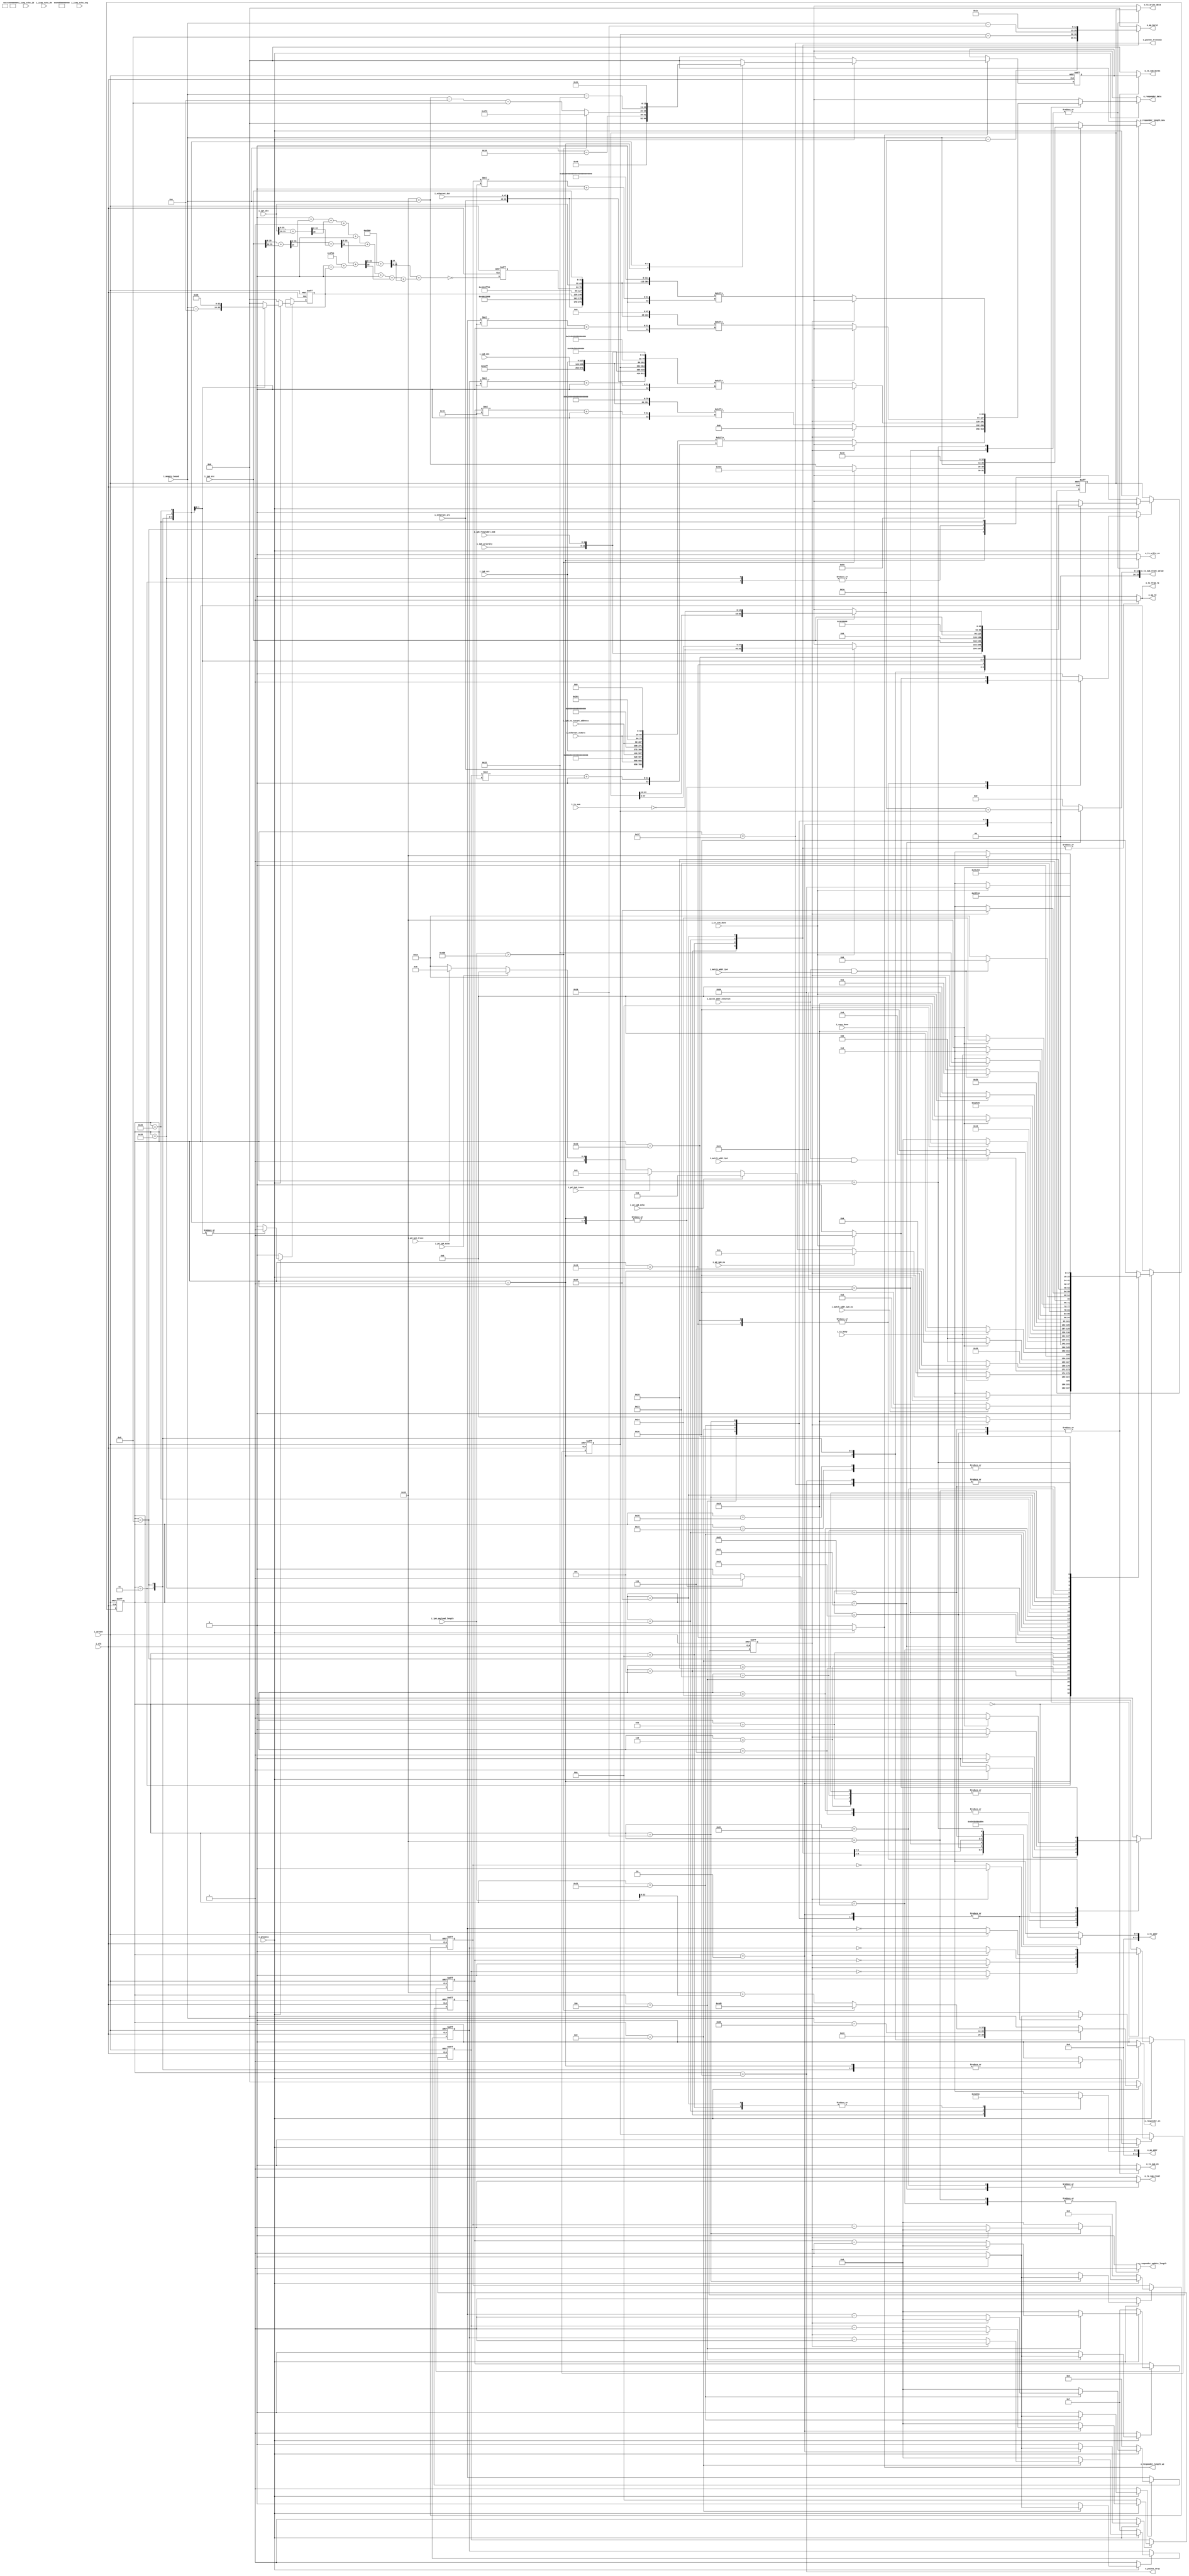
//======================================================================
//
// icmp.v
// ------
// ICMP packet handler.
//
//
//
//
// Copyright 2019 Netnod Internet Exchange i Sverige AB
//
// Redistribution and use in source and binary forms, with or without
// modification, are permitted provided that the following conditions
// are met:
//
// 1. Redistributions of source code must retain the above copyright
//    notice, this list of conditions and the following disclaimer.
//
// 2. Redistributions in binary form must reproduce the above copyright
//    notice, this list of conditions and the following disclaimer in
//    the documentation and/or other materials provided with the
//    distribution.
//
// 3. Neither the name of the copyright holder nor the names of its
//    contributors may be used to endorse or promote products derived
//    from this software without specific prior written permission.
//
// THIS SOFTWARE IS PROVIDED BY THE COPYRIGHT HOLDERS AND CONTRIBUTORS
// "AS IS" AND ANY EXPRESS OR IMPLIED WARRANTIES, INCLUDING, BUT NOT
// LIMITED TO, THE IMPLIED WARRANTIES OF MERCHANTABILITY AND FITNESS
// FOR A PARTICULAR PURPOSE ARE DISCLAIMED. IN NO EVENT SHALL THE
// COPYRIGHT HOLDER OR CONTRIBUTORS BE LIABLE FOR ANY DIRECT, INDIRECT,
// INCIDENTAL, SPECIAL, EXEMPLARY, OR CONSEQUENTIAL DAMAGES (INCLUDING,
// BUT NOT LIMITED TO, PROCUREMENT OF SUBSTITUTE GOODS OR SERVICES;
// LOSS OF USE, DATA, OR PROFITS; OR BUSINESS INTERRUPTION) HOWEVER
// CAUSED AND ON ANY THEORY OF LIABILITY, WHETHER IN CONTRACT, STRICT
// LIABILITY, OR TORT (INCLUDING NEGLIGENCE OR OTHERWISE) ARISING IN
// ANY WAY OUT OF THE USE OF THIS SOFTWARE, EVEN IF ADVISED OF THE
// POSSIBILITY OF SUCH DAMAGE.
//
//======================================================================

module icmp #(
  parameter ADDR_WIDTH = 10
) (
  input  i_clk,
  input  i_areset,

  input  [47:0] i_ethernet_dst,
  input  [47:0] i_ethernet_src,
  input  [47:0] i_ethernet_ns6src,

  input  [31:0] i_ip4_dst,
  input  [31:0] i_ip4_src,

  input [127:0] i_ip6_ns_target_address,
  input [127:0] i_ip6_dst,
  input [127:0] i_ip6_src,
  input   [7:0] i_ip6_priority,
  input   [3:0] i_ip6_flowlabel_msb,
  input  [15:0] i_ip6_payload_length,

  input [15:0] i_icmp_echo_id,
  input [15:0] i_icmp_echo_seq,
  input [15:0] i_icmp_echo_d0,

  input  i_process,

  input  i_pd_ip4_echo,
  input  i_pd_ip4_trace,

  input  i_pd_ip6_ns,
  input  i_pd_ip6_echo,
  input  i_pd_ip6_trace,

  input  i_match_addr_ethernet,
  input  i_match_addr_ip4,
  input  i_match_addr_ip6,
  input  i_match_addr_ip6_ns,

  input  i_copy_done,

  input                     i_tx_busy,
  input              [15:0] i_tx_sum,
  input                     i_tx_sum_done,
  output                    o_tx_sum_en,
  output [ADDR_WIDTH+3-1:0] o_tx_sum_bytes,
  output                    o_tx_sum_reset,
  output             [15:0] o_tx_sum_reset_value,

  input  [ADDR_WIDTH+3-1:0] i_memory_bound,

  output                    o_ap_rd,
  output [ADDR_WIDTH+3-1:0] o_ap_addr,
  output [ADDR_WIDTH+3-1:0] o_ap_burst,

  output [ADDR_WIDTH+3-1:0] o_tx_addr,
  output                    o_tx_write_en,
  output             [63:0] o_tx_write_data,

  output o_tx_from_rx,

  output                    o_responder_en,
  output             [63:0] o_responder_data,
  output                    o_responder_update_length,
  output                    o_responder_length_we,
  output [ADDR_WIDTH+3-1:0] o_responder_length_new,

  output o_packet_drop,
  output o_packet_transmit
);

  //----------------------------------------------------------------
  // Internal constant and parameter definitions.
  //----------------------------------------------------------------

  localparam BITS_ICMP_STATE = 6;

  localparam [BITS_ICMP_STATE-1:0] ICMP_S_IDLE             = 6'h00;

  localparam [BITS_ICMP_STATE-1:0] ICMP_S_V6_ND_INIT       = 6'h01;
  localparam [BITS_ICMP_STATE-1:0] ICMP_S_V6_ND_RESPOND    = 6'h02;

  localparam [BITS_ICMP_STATE-1:0] ICMP_S_V6_ECHO_INIT     = 6'h03;
  localparam [BITS_ICMP_STATE-1:0] ICMP_S_V6_ECHO_RESPOND  = 6'h04;
  localparam [BITS_ICMP_STATE-1:0] ICMP_S_V6_ECHO_COPY     = 6'h05;
  localparam [BITS_ICMP_STATE-1:0] ICMP_S_V6_ECHO_COPY_D   = 6'h06;
  localparam [BITS_ICMP_STATE-1:0] ICMP_S_V6_ECHO_COPY_D2  = 6'h07;

  localparam [BITS_ICMP_STATE-1:0] ICMP_S_V6_TRACE_INIT    = 6'h08;
  localparam [BITS_ICMP_STATE-1:0] ICMP_S_V6_TRACE_RESPOND = 6'h09;
  localparam [BITS_ICMP_STATE-1:0] ICMP_S_V6_TRACE_COPY    = 6'h0a;
  localparam [BITS_ICMP_STATE-1:0] ICMP_S_V6_TRACE_COPY_D  = 6'h0b;

  localparam [BITS_ICMP_STATE-1:0] ICMP_S_V6_UPDATE_LENGTH = 6'h10;
  localparam [BITS_ICMP_STATE-1:0] ICMP_S_V6_CSUM_RESET    = 6'h11;
  localparam [BITS_ICMP_STATE-1:0] ICMP_S_V6_CSUM_CALC     = 6'h12;
  localparam [BITS_ICMP_STATE-1:0] ICMP_S_V6_CSUM_WAIT     = 6'h13;
  localparam [BITS_ICMP_STATE-1:0] ICMP_S_V6_CSUM_UPDATE   = 6'h14;
  localparam [BITS_ICMP_STATE-1:0] ICMP_S_V6_CSUM_UPDATE_D = 6'h15;

  localparam [BITS_ICMP_STATE-1:0] ICMP_S_V4_ECHO_INIT     = 6'h20;
  localparam [BITS_ICMP_STATE-1:0] ICMP_S_V4_ECHO_RESPOND  = 6'h21;
  localparam [BITS_ICMP_STATE-1:0] ICMP_S_V4_ECHO_COPY     = 6'h22;
  localparam [BITS_ICMP_STATE-1:0] ICMP_S_V4_ECHO_COPY_D   = 6'h23;
  localparam [BITS_ICMP_STATE-1:0] ICMP_S_V4_ECHO_COPY_D2  = 6'h24;

  localparam [BITS_ICMP_STATE-1:0] ICMP_S_V4_TRACE_INIT    = 6'h25;
  localparam [BITS_ICMP_STATE-1:0] ICMP_S_V4_TRACE_RESPOND = 6'h26;
  localparam [BITS_ICMP_STATE-1:0] ICMP_S_V4_TRACE_COPY    = 6'h27;
  localparam [BITS_ICMP_STATE-1:0] ICMP_S_V4_TRACE_COPY_D  = 6'h28;

  localparam [BITS_ICMP_STATE-1:0] ICMP_S_V4_UPDATE_LENGTH = 6'h30;
  localparam [BITS_ICMP_STATE-1:0] ICMP_S_V4_CSUM_RESET    = 6'h31;
  localparam [BITS_ICMP_STATE-1:0] ICMP_S_V4_CSUM_CALC     = 6'h32;
  localparam [BITS_ICMP_STATE-1:0] ICMP_S_V4_CSUM_WAIT     = 6'h33;
  localparam [BITS_ICMP_STATE-1:0] ICMP_S_V4_CSUM_UPDATE   = 6'h34;
  localparam [BITS_ICMP_STATE-1:0] ICMP_S_V4_CSUM_UPDATE_D = 6'h35;

  localparam [BITS_ICMP_STATE-1:0] ICMP_S_DROP_PACKET      = 6'h3e;
  localparam [BITS_ICMP_STATE-1:0] ICMP_S_TRANSMIT_PACKET  = 6'h3f;

  localparam HEADER_LENGTH_ETHERNET = 6+6+2;
  localparam HEADER_LENGTH_IPV4     = 5*4; //IHL=5, word size 4 bytes.
  localparam HEADER_LENGTH_IPV6     = 40;
  localparam OFFSET_ETH_IPV4_DATA       = HEADER_LENGTH_ETHERNET + HEADER_LENGTH_IPV4;
  localparam OFFSET_ICMP_V4_ECHO_COPY = HEADER_LENGTH_ETHERNET + HEADER_LENGTH_IPV4 + 4; //Type,Code,Csum
  localparam OFFSET_ICMP_V6_ECHO_COPY = HEADER_LENGTH_ETHERNET + HEADER_LENGTH_IPV6 + 4; //Type,Code,Csum
  localparam [15:0] E_TYPE_IPV4 =  16'h08_00;
  localparam [15:0] E_TYPE_IPV6 =  16'h86_DD;
  localparam ICMP_V4_UNREACHABLE_INITIAL_BYTES = 8; //Type,Code,Csum,Unused
  localparam ICMP_V6_UNREACHABLE_INITIAL_BYTES = 8; //Type,Code,Csum,Unused
  localparam       ICMPV4_BYTES_TRACEROUTE = 20 + 8; //RFC 792; Internet Header + 64 bits of Original Data Datagram
  localparam        IPV6_MTU_MIN  = 1280;

  localparam [3:0] IP_V4        =  4'h4;
  localparam [3:0] IP_V6        =  4'h6;

  localparam  [7:0] IPV4_TOS     = 0;
  localparam  [2:0] IPV4_FLAGS   = 3'b010; // Reserved=0, must be zero. DF=1 (don't fragment). MF=0 (Last Fragment)
  localparam  [7:0] IPV4_TTL     = 8'hff;
  localparam [12:0] IPV4_FRAGMENT_OFFSET = 0;

  localparam  [7:0] IPV6_TC       =  8'h0;
  localparam [19:0] IPV6_FL       = 20'h0;
  localparam  [7:0] IPV6_HOPLIMIT = IPV4_TTL;

  localparam  [7:0] IP_PROTO_ICMPV4 = 8'h01;
  localparam  [7:0] IP_PROTO_ICMPV6 = 8'h3a; //58

  localparam [7:0] ICMP_TYPE_V4_ECHO_REPLY             =   0;
  localparam [7:0] ICMP_TYPE_V4_DEST_UNREACHABLE       =   3;
  localparam [7:0] ICMP_TYPE_V4_ECHO_REQUEST           =   8;
  localparam [7:0] ICMP_TYPE_V6_DEST_UNREACHABLE       =   1;
  localparam [7:0] ICMP_TYPE_V6_ECHO_REQUEST           = 128;
  localparam [7:0] ICMP_TYPE_V6_ECHO_REPLY             = 129;
  localparam [7:0] ICMP_TYPE_V6_NEIGHBOR_SOLICITATION  = 135;
  localparam [7:0] ICMP_TYPE_V6_NEIGHBOR_ADVERTISEMENT = 136;

  localparam [7:0] ICMP_CODE_V4_UNREACHABLE_PORT = 3;
  localparam [7:0] ICMP_CODE_V6_UNREACHABLE_PORT = 4;

  localparam OFFSET_ETH_IPV6_ICMPV6_CSUM = 'h38;
  localparam OFFSET_ETH_IPV6_SRCADDR    = HEADER_LENGTH_ETHERNET + 8;
  localparam OFFSET_ETH_IPV4_ICMPV4_CSUM = HEADER_LENGTH_ETHERNET + HEADER_LENGTH_IPV4 + 2; //Type,Code


  reg                        icmp_state_we;
  reg  [BITS_ICMP_STATE-1:0] icmp_state_new;
  reg  [BITS_ICMP_STATE-1:0] icmp_state_reg;

  reg [ADDR_WIDTH+3-1:0] ap_addr;
  reg [ADDR_WIDTH+3-1:0] ap_burst;
  reg                    ap_rd;

  reg tx_from_rx;

  reg [ADDR_WIDTH+3-1:0] tx_address;
  reg [ADDR_WIDTH+3-1:0] tx_sum_bytes;
  reg tx_sum_en;
  reg tx_sum_reset;
  reg [15:0] tx_sum_reset_value;
  reg tx_write_en;
  reg [63:0] tx_write_data;

  reg response_done_new;
  reg response_done_reg;

  reg                          response_en_new;
  reg                  [63:0]  response_data_new;
  reg                          responder_update_length;
  reg                          response_packet_total_length_we;
  reg       [ADDR_WIDTH+3-1:0] response_packet_total_length_new;
//reg       [ADDR_WIDTH+3-1:0] response_packet_total_length_reg;

  reg                    tx_icmpv4_ip_total_length_we;
  reg [ADDR_WIDTH+3-1:0] tx_icmpv4_ip_total_length_new;
  reg [ADDR_WIDTH+3-1:0] tx_icmpv4_ip_total_length_reg;
  reg             [15:0] tx_icmpv4_ip_checksum_new;
  reg             [15:0] tx_icmpv4_ip_checksum_reg;

  reg                    tx_icmp_payload_length_we;
  reg [ADDR_WIDTH+3-1:0] tx_icmp_payload_length_new;
  reg [ADDR_WIDTH+3-1:0] tx_icmp_payload_length_reg;
  reg                    tx_icmp_csum_bytes_we;
  reg [ADDR_WIDTH+3-1:0] tx_icmp_csum_bytes_new;
  reg [ADDR_WIDTH+3-1:0] tx_icmp_csum_bytes_reg;
  reg                    tx_icmp_tmpblock_we;
  reg             [63:0] tx_icmp_tmpblock_new;
  reg             [63:0] tx_icmp_tmpblock_reg;


  wire    [111:0] tx_header_ethernet_ipv4;
  wire    [111:0] tx_header_ethernet_ipv6;

  reg        tx_header_icmpv6_echo_index_we;
  reg  [3:0] tx_header_icmpv6_echo_index_new;
  reg  [3:0] tx_header_icmpv6_echo_index_reg;

  reg        tx_header_icmpv4_trace_index_we;
  reg  [3:0] tx_header_icmpv4_trace_index_new;
  reg  [3:0] tx_header_icmpv4_trace_index_reg;

  reg        tx_header_icmpv6ns_index_we;
  reg  [3:0] tx_header_icmpv6ns_index_new;
  reg  [3:0] tx_header_icmpv6ns_index_reg;

  reg        tx_header_icmpv6_trace_index_we;
  reg  [3:0] tx_header_icmpv6_trace_index_new;
  reg  [3:0] tx_header_icmpv6_trace_index_reg;

  reg        tx_header_icmpv4_echo_index_we;
  reg  [3:0] tx_header_icmpv4_echo_index_new;
  reg  [3:0] tx_header_icmpv4_echo_index_reg;


  wire [14*8-1:0] tx_header_ethernet_na;
  wire [40*8-1:0] tx_header_ipv6_na;
  wire [32*8-1:0] tx_header_icmp_na;
  wire [86*8-1:0] tx_header_ethernet_ipv6_icmp_na;

  wire [ 4*8-1:0] tx_header_icmp_echo;
  wire [40*8-1:0] tx_header_ipv6_echo;
  wire [58*8-1:0] tx_header_ethernet_ipv6_icmp_echo;

  wire [10*8-1:0] tx_header_icmp_trace;
  wire [40*8-1:0] tx_header_ipv6_trace;
  wire [64*8-1:0] tx_header_ethernet_ipv6_icmp_trace;

  wire [20*8-1:0] tx_header_ipv4_baseicmp;

  wire [ 4*8-1:0] tx_header_icmp4_echo;
  wire [38*8-1:0] tx_header_ethernet_ipv4_icmp_echo;

  wire [ 8*8-1:0] tx_header_icmp4_trace;
  wire [42*8-1:0] tx_header_ethernet_ipv4_icmp_trace;

  wire [15:0] tx_icmp_payload_length16bit;
  wire [15:0] tx_icmpv4_ip_total_length16bit;

  function [16:0] calc_csum16 ( input [15:0] a, input [15:0] b );
    calc_csum16 = { 1'b0, a } + { 1'b0, b };
  endfunction

  function [15:0] ipv4_csum ( input [16*9-1:0] header );

    integer     i;

    reg  [8:0] carry;
    reg  [7:0] msb; // Largest possible msb is 8 as in 9*0xFFFF=0x8FFF7
    reg [15:0] sum0 [0:4];
    reg [15:0] sum1 [0:1];
    reg [15:0] sum2;
    reg [15:0] sum3;
    reg [15:0] sum4;
    reg [15:0] notsum4;

  begin
    for (i = 0; i < 4; i = i+1) begin
      { carry[i], sum0[i] } = calc_csum16( header[i*32+:16], header[i*32+16+:16] );
    end
    for (i = 0; i < 2; i = i+1) begin
      { carry[4+i], sum1[i] } = calc_csum16( sum0[2*i], sum0[2*i+1] );
    end
    { carry[6], sum2 } = calc_csum16( sum1[0], sum1[1] );
    { carry[7], sum3 } = calc_csum16( sum2, header[143-:16] );

    msb = 0;
    for (i = 0; i < 8; i = i + 1) begin
      msb = msb + { 7'h0, carry[i] };
    end

    sum4 = sum3 + { 8'h0, msb }; //Cannot overflow! 0x8FFF7 = 0x8 + 0xFFF7 = 0xFFFF
    notsum4 = ~sum4;
    ipv4_csum = notsum4;
  end
  endfunction

  assign tx_header_ethernet_ipv4 = {
                                     i_ethernet_src,
                                     i_ethernet_dst,
                                     E_TYPE_IPV4
                                   };

  assign tx_header_ethernet_ipv6 = {
                                     i_ethernet_src,
                                     i_ethernet_dst,
                                     E_TYPE_IPV6
                                   };

  //----------------------------------------------------------------
  // ICMPv6 Neighbor Advertisement (rfc4861)
  //----------------------------------------------------------------

  assign tx_header_ethernet_na = {i_ethernet_src, i_ethernet_ns6src, E_TYPE_IPV6 };
  assign tx_header_ipv6_na = { IP_V6, IPV6_TC, IPV6_FL,
                                      16'h20, //Payload length is 32
                                      IP_PROTO_ICMPV6,
                                      8'hff, //Hop Limit is 255 (rfc4861)
                                      i_ip6_ns_target_address, i_ip6_src
                                    };
  assign tx_header_icmp_na = { ICMP_TYPE_V6_NEIGHBOR_ADVERTISEMENT,
                               8'h0, //code
                               16'h0000, //Zero checksum
                               32'h60_00_00_00, //Solicited, Override
                               i_ip6_ns_target_address,
                               8'h2, //OPTION: Target Link-Layer Address
                               8'h1, //rfc4861; 1 => 8 octets option length
                               i_ethernet_ns6src
                             };
  assign tx_header_ethernet_ipv6_icmp_na = { tx_header_ethernet_na, tx_header_ipv6_na, tx_header_icmp_na };

  //----------------------------------------------------------------
  // ICMPv6 Trace Route
  //----------------------------------------------------------------

  assign tx_icmp_payload_length16bit[15:ADDR_WIDTH+3] = 0;
  assign tx_icmp_payload_length16bit[ADDR_WIDTH+3-1:0] = tx_icmp_payload_length_reg;

  assign tx_header_ipv6_trace = { IP_V6, IPV6_TC, IPV6_FL,
                                   tx_icmp_payload_length16bit,
                                   IP_PROTO_ICMPV6,
                                   IPV6_HOPLIMIT,
                                   i_ip6_dst, i_ip6_src
                                 };
  assign tx_header_icmp_trace = { ICMP_TYPE_V6_DEST_UNREACHABLE, ICMP_CODE_V6_UNREACHABLE_PORT, 48'h0000_0000_0000,
                                   IP_V6, i_ip6_priority, i_ip6_flowlabel_msb
                                 };
  assign tx_header_ethernet_ipv6_icmp_trace = { tx_header_ethernet_ipv6, tx_header_ipv6_trace, tx_header_icmp_trace };

  //----------------------------------------------------------------
  // ICMPv4
  //----------------------------------------------------------------

  assign tx_icmpv4_ip_total_length16bit[15:ADDR_WIDTH+3] = 0;
  assign tx_icmpv4_ip_total_length16bit[ADDR_WIDTH+3-1:0] = tx_icmpv4_ip_total_length_reg;
  assign tx_header_ipv4_baseicmp = {
              IP_V4, 4'h5, IPV4_TOS, tx_icmpv4_ip_total_length16bit,
              16'h0000, IPV4_FLAGS, IPV4_FRAGMENT_OFFSET,
              IPV4_TTL, IP_PROTO_ICMPV4, tx_icmpv4_ip_checksum_reg,
              i_ip4_dst, i_ip4_src
            };

  //----------------------------------------------------------------
  // ICMPv4 Echo Reply
  //----------------------------------------------------------------

  assign tx_header_icmp4_echo = { ICMP_TYPE_V4_ECHO_REPLY, 8'h0 /* code */, 16'h0000 };
  assign tx_header_ethernet_ipv4_icmp_echo = { tx_header_ethernet_ipv4,
                                        tx_header_ipv4_baseicmp,
                                        tx_header_icmp4_echo };


  //----------------------------------------------------------------
  // ICMPv4 Trace Route
  //----------------------------------------------------------------

  assign tx_header_icmp4_trace = { ICMP_TYPE_V4_DEST_UNREACHABLE,
                                   ICMP_CODE_V4_UNREACHABLE_PORT,
                                   16'h0000, //checksum
                                   32'h0000_0000 //unused
                                  };
  assign tx_header_ethernet_ipv4_icmp_trace = { tx_header_ethernet_ipv4,
                                               tx_header_ipv4_baseicmp,
                                               tx_header_icmp4_trace };

  //----------------------------------------------------------------
  // ICMPv6 Echo Reply
  //----------------------------------------------------------------

  assign tx_header_ipv6_echo = { IP_V6, IPV6_TC, IPV6_FL,
                                 i_ip6_payload_length,
                                 IP_PROTO_ICMPV6,
                                 IPV6_HOPLIMIT,
                                 i_ip6_dst, i_ip6_src
                               };
  assign tx_header_icmp_echo = { ICMP_TYPE_V6_ECHO_REPLY, 8'h0 /* code */, 16'h0000 };
  assign tx_header_ethernet_ipv6_icmp_echo = { tx_header_ethernet_ipv6, tx_header_ipv6_echo, tx_header_icmp_echo };


  assign o_tx_from_rx = tx_from_rx;
  assign o_ap_addr    = ap_addr;
  assign o_ap_burst   = ap_burst;
  assign o_ap_rd      = ap_rd;
  assign o_tx_addr    = tx_address;
  assign o_tx_write_en = tx_write_en;
  assign o_tx_write_data = tx_write_data;
  assign o_tx_sum_en = tx_sum_en;
  assign o_tx_sum_bytes = tx_sum_bytes;
  assign o_tx_sum_reset = tx_sum_reset;
  assign o_tx_sum_reset_value = tx_sum_reset_value;

  assign o_responder_en = response_en_new;
  assign o_responder_data = response_data_new;
  assign o_responder_update_length = responder_update_length;
  assign o_responder_length_we = response_packet_total_length_we;
  assign o_responder_length_new = response_packet_total_length_new;

  assign o_packet_drop     = icmp_state_reg == ICMP_S_DROP_PACKET;
  assign o_packet_transmit = icmp_state_reg == ICMP_S_TRANSMIT_PACKET;

  always @*
  begin : ipv4_calc_proc2
    reg [16*9-1:0] words;
    words = { tx_header_ipv4_baseicmp[20*8-1:10*8], tx_header_ipv4_baseicmp[8*8-1:0] };
     tx_icmpv4_ip_checksum_new = ipv4_csum( words );
  end

  always @*
  begin : tx_response
    response_en_new = 0;
    response_data_new = 0;
    response_done_new = 0;
    response_packet_total_length_we  = 0;
    response_packet_total_length_new = 0;

    tx_icmp_csum_bytes_we = 0;
    tx_icmp_csum_bytes_new = 0;
    tx_icmp_payload_length_we = 0;
    tx_icmp_payload_length_new = 0;
    tx_icmp_tmpblock_we = 0;
    tx_icmp_tmpblock_new = 0;
    tx_icmpv4_ip_total_length_we = 0;
    tx_icmpv4_ip_total_length_new = 0;

    tx_header_icmpv4_echo_index_we = 0;
    tx_header_icmpv4_echo_index_new = 0;
    tx_header_icmpv4_trace_index_we = 0;
    tx_header_icmpv4_trace_index_new = 0;
    tx_header_icmpv6_echo_index_we = 0;
    tx_header_icmpv6_echo_index_new = 0;
    tx_header_icmpv6ns_index_we = 0;
    tx_header_icmpv6ns_index_new = 0;
    tx_header_icmpv6_trace_index_we = 0;
    tx_header_icmpv6_trace_index_new = 0;

    if (i_process == 1'b0) begin
      tx_header_icmpv4_echo_index_we = 1;
      tx_header_icmpv4_echo_index_new = 4;
      tx_header_icmpv4_trace_index_we = 1;
      tx_header_icmpv4_trace_index_new = 5;
      tx_header_icmpv6_echo_index_we = 1;
      tx_header_icmpv6_echo_index_new = 7;
      tx_header_icmpv6ns_index_we = 1;
      tx_header_icmpv6ns_index_new = 10;
      tx_header_icmpv6_trace_index_we = 1;
      tx_header_icmpv6_trace_index_new = 7;
    end else begin
      case (icmp_state_reg)
        // ----- IPV6 Neighbor Discovery / Advertisement ----
        ICMP_S_V6_ND_INIT:
          begin
            response_packet_total_length_we    = 1;
            response_packet_total_length_new   = 86; //14 byte ethernet, 40 byte IPv6, 32 byte ICMPv6
            tx_icmp_payload_length_we  = 1;
            tx_icmp_payload_length_new = 32;
            tx_icmp_csum_bytes_we      = 1;
            tx_icmp_csum_bytes_new     = 16 + 16 //2 ipv6 addresses
                                       + tx_icmp_payload_length_new;
            tx_icmp_tmpblock_we = 1;
            tx_icmp_tmpblock_new = tx_header_ethernet_ipv6_icmp_na[
                                      (86-OFFSET_ETH_IPV6_ICMPV6_CSUM)*8-1-:64
                                   ];
          end
        ICMP_S_V6_ND_RESPOND:
          begin : emit_icmp_na
            reg [11*64-1:0] header;
            header = { tx_header_ethernet_ipv6_icmp_na, 16'h0000 };
            if (response_done_reg == 1'b0) begin
              tx_header_icmpv6ns_index_we = 1;
              tx_header_icmpv6ns_index_new = tx_header_icmpv6ns_index_reg - 1;
              response_en_new = 1;
              response_data_new = header[ tx_header_icmpv6ns_index_reg*64+:64 ];
              response_done_new = tx_header_icmpv6ns_index_reg == 0;
            end
          end
        // ----- IPV6 Ping (Echo Reply) ----
        ICMP_S_V6_ECHO_INIT:
          begin
            response_packet_total_length_we    = 1;
            response_packet_total_length_new   = i_memory_bound;
            tx_icmp_payload_length_we  = 1;
            tx_icmp_payload_length_new = i_memory_bound - ( HEADER_LENGTH_ETHERNET + HEADER_LENGTH_IPV6 );
            tx_icmp_csum_bytes_we      = 1;
            tx_icmp_csum_bytes_new     = i_memory_bound - OFFSET_ETH_IPV6_SRCADDR;
            tx_icmp_tmpblock_we        = 1;
            tx_icmp_tmpblock_new       = { 16'h0000, i_icmp_echo_id, i_icmp_echo_seq, i_icmp_echo_d0};
          end
        ICMP_S_V6_ECHO_RESPOND:
          begin : emit_echo_response_v6
            reg [8*64-1:0] header;
            header = { tx_header_ethernet_ipv6_icmp_echo, 48'h0000_0000_0000 };
            if (response_done_reg == 1'b0) begin
              tx_header_icmpv6_echo_index_we = 1;
              tx_header_icmpv6_echo_index_new = tx_header_icmpv6_echo_index_reg - 1;
              response_en_new = 1;
              response_data_new = header[ tx_header_icmpv6_echo_index_reg*64+:64 ];
              response_done_new = tx_header_icmpv6_echo_index_reg == 0;
            end
          end
        // ----- IPV6 Trace Route (Port Unreachable) ----
        ICMP_S_V6_TRACE_INIT:
          begin
            if (i_ip6_payload_length > IPV6_MTU_MIN - HEADER_LENGTH_IPV6 - ICMP_V6_UNREACHABLE_INITIAL_BYTES) begin
              response_packet_total_length_we    = 1;
              response_packet_total_length_new   = IPV6_MTU_MIN + HEADER_LENGTH_ETHERNET;
              tx_icmp_payload_length_we  = 1;
              tx_icmp_payload_length_new = IPV6_MTU_MIN - HEADER_LENGTH_IPV6;
              tx_icmp_csum_bytes_we      = 1;
              tx_icmp_csum_bytes_new     = IPV6_MTU_MIN - 8 /* IPv6 not in csum */;
            end else begin
              response_packet_total_length_we    = 1;
              response_packet_total_length_new   = HEADER_LENGTH_IPV6 + ICMP_V6_UNREACHABLE_INITIAL_BYTES + i_memory_bound;
              tx_icmp_payload_length_we  = 1;
              tx_icmp_payload_length_new = HEADER_LENGTH_IPV6 + ICMP_V6_UNREACHABLE_INITIAL_BYTES + i_ip6_payload_length[ADDR_WIDTH+3-1:0];
              tx_icmp_csum_bytes_we      = 1;
              tx_icmp_csum_bytes_new     = response_packet_total_length_new - HEADER_LENGTH_ETHERNET - 8 /* IPv6 not in csum */;
            end
            tx_icmp_tmpblock_we = 1;
            tx_icmp_tmpblock_new = tx_header_ethernet_ipv6_icmp_trace[
                                      (64-OFFSET_ETH_IPV6_ICMPV6_CSUM)*8-1-:64
                                   ];
          end
        ICMP_S_V6_TRACE_RESPOND:
          begin : emit_trace_response
            reg [8*64-1:0] header;
            header = { tx_header_ethernet_ipv6_icmp_trace };
            if (response_done_reg == 1'b0) begin
              tx_header_icmpv6_trace_index_we = 1;
              tx_header_icmpv6_trace_index_new = tx_header_icmpv6_trace_index_reg - 1;
              response_en_new = 1;
              response_data_new = header[ tx_header_icmpv6_trace_index_reg*64+:64 ];
              response_done_new = tx_header_icmpv6_trace_index_reg == 0;
            end
          end
        // ----- IPV6 Update Checksum in temp block ----
        ICMP_S_V6_CSUM_WAIT:
          if (i_tx_sum_done) begin
            tx_icmp_tmpblock_we = 1;
            tx_icmp_tmpblock_new = { (~i_tx_sum), tx_icmp_tmpblock_reg[47:0] };
          end
        // ----- IPV4 Ping (Echo Reply) ----
        ICMP_S_V4_ECHO_INIT:
          begin
            response_packet_total_length_we       = 1;
            response_packet_total_length_new      = i_memory_bound;
            tx_icmpv4_ip_total_length_we  = 1;
            tx_icmpv4_ip_total_length_new = i_memory_bound - HEADER_LENGTH_ETHERNET;
            tx_icmp_csum_bytes_we         = 1;
            tx_icmp_csum_bytes_new        = i_memory_bound - OFFSET_ETH_IPV4_DATA;
            tx_icmp_tmpblock_we           = 1;
            tx_icmp_tmpblock_new          = tx_header_ethernet_ipv4_icmp_echo[63:0];
          end
        ICMP_S_V4_ECHO_RESPOND:
          begin : emit_echo_response_v4
            reg [5*64-1:0] header;
            header = { tx_header_ethernet_ipv4_icmp_echo, 16'h0000 };
            if (response_done_reg == 1'b0) begin
              tx_header_icmpv4_echo_index_we = 1;
              tx_header_icmpv4_echo_index_new = tx_header_icmpv4_echo_index_reg - 1;
              response_en_new = 1;
              response_data_new =  header[ tx_header_icmpv4_echo_index_reg*64+:64 ];
              response_done_new =  tx_header_icmpv4_echo_index_reg == 0;
            end
          end
        ICMP_S_V4_TRACE_INIT:
          begin
            response_packet_total_length_we       = 1;
            response_packet_total_length_new      = HEADER_LENGTH_ETHERNET + HEADER_LENGTH_IPV4 + ICMP_V4_UNREACHABLE_INITIAL_BYTES + ICMPV4_BYTES_TRACEROUTE;
            tx_icmpv4_ip_total_length_we  = 1;
            tx_icmpv4_ip_total_length_new = HEADER_LENGTH_IPV4 + ICMP_V4_UNREACHABLE_INITIAL_BYTES + ICMPV4_BYTES_TRACEROUTE;
            tx_icmp_csum_bytes_we         = 1;
            tx_icmp_csum_bytes_new        = ICMP_V4_UNREACHABLE_INITIAL_BYTES + ICMPV4_BYTES_TRACEROUTE;
            tx_icmp_tmpblock_we           = 1;
            tx_icmp_tmpblock_new          = tx_header_ethernet_ipv4_icmp_trace[95:32];
          end
        ICMP_S_V4_TRACE_RESPOND:
          begin : emit_trace_response_v4
            reg [6*64-1:0] header;
            header = { tx_header_ethernet_ipv4_icmp_trace, 48'h0000_0000_0000 };
            if (response_done_reg == 1'b0) begin
              tx_header_icmpv4_trace_index_we = 1;
              tx_header_icmpv4_trace_index_new = tx_header_icmpv4_trace_index_reg - 1;
              response_en_new = 1;
              response_data_new = header[ tx_header_icmpv4_trace_index_reg*64+:64 ];
              response_done_new = tx_header_icmpv4_trace_index_reg == 0;
            end
          end
        ICMP_S_V4_CSUM_WAIT:
          if (i_tx_sum_done) begin
            tx_icmp_tmpblock_we  = 1;
            tx_icmp_tmpblock_new = { tx_icmp_tmpblock_reg[63:16], (~i_tx_sum) };
          end
        default: ;
      endcase
    end
  end

  always @*
  begin
    ap_addr = 0;
    ap_burst = 0;
    ap_rd = 0;
    responder_update_length = 0;
    tx_address = 0;
    tx_write_en = 0;
    tx_write_data = 0;
    tx_from_rx = 0;
    tx_sum_en = 0;
    tx_sum_bytes = 0;
    tx_sum_reset = 0;
    tx_sum_reset_value = 0;

    case (icmp_state_reg)
      ICMP_S_V6_ECHO_COPY:
        begin
          ap_addr = OFFSET_ICMP_V6_ECHO_COPY;
          ap_burst = i_memory_bound - OFFSET_ICMP_V6_ECHO_COPY;
          ap_rd = 1;
          tx_address = OFFSET_ICMP_V6_ECHO_COPY;
          tx_from_rx = 1;
        end
      ICMP_S_V6_TRACE_COPY:
        begin
          ap_addr = 14; //Start of IP packet
          ap_burst = tx_icmp_payload_length_reg - ICMP_V6_UNREACHABLE_INITIAL_BYTES;
          ap_rd = 'b1;
          tx_address = HEADER_LENGTH_ETHERNET + HEADER_LENGTH_IPV6 + ICMP_V6_UNREACHABLE_INITIAL_BYTES;
          tx_from_rx = 1;
        end
      ICMP_S_V6_UPDATE_LENGTH:
        begin
          responder_update_length = 1;
        end
      ICMP_S_V6_CSUM_RESET:
        begin : icmpv6_csum_reset
          reg [15:0] len;
          len = 0;
          len[ADDR_WIDTH+3-1:0] = tx_icmp_payload_length_reg;
          tx_sum_reset = 1;
          tx_sum_reset_value = {8'h00, IP_PROTO_ICMPV6 } + len;
        //$display("%s:%0d: csum_reset: %h len %h (%0d)", `__FILE__, `__LINE__, tx_sum_reset_value, len, len);
        end
      ICMP_S_V6_CSUM_CALC:
        begin
          tx_address = OFFSET_ETH_IPV6_SRCADDR;
          tx_sum_en = 1;
          tx_sum_bytes = tx_icmp_csum_bytes_reg;
        //$display("%s:%0d: csum bytes %h (%0d)", `__FILE__, `__LINE__, tx_sum_bytes, tx_sum_bytes);
        end
      ICMP_S_V6_CSUM_UPDATE:
        begin
          tx_address = OFFSET_ETH_IPV6_ICMPV6_CSUM;
          tx_write_en = 1;
          tx_write_data = tx_icmp_tmpblock_reg;
        end
      ICMP_S_V4_ECHO_COPY:
        begin
          ap_addr  = OFFSET_ICMP_V4_ECHO_COPY;
          ap_burst = i_memory_bound - OFFSET_ICMP_V4_ECHO_COPY;
          ap_rd = 'b1;
          tx_address = OFFSET_ICMP_V4_ECHO_COPY;
          tx_from_rx = 1;
        end
      ICMP_S_V4_TRACE_COPY:
        begin
         ap_addr = 14; //Start of IP packet
         ap_burst = ICMPV4_BYTES_TRACEROUTE;
         ap_rd = 'b1;
         tx_address = HEADER_LENGTH_ETHERNET + HEADER_LENGTH_IPV4 + ICMP_V4_UNREACHABLE_INITIAL_BYTES;
         tx_from_rx = 1;
        end
      ICMP_S_V4_UPDATE_LENGTH:
        begin
          responder_update_length = 1;
        end
      ICMP_S_V4_CSUM_RESET:
        begin
          tx_sum_reset = 1;
          tx_sum_reset_value = 0;
        end
      ICMP_S_V4_CSUM_CALC:
        begin
          tx_address = OFFSET_ETH_IPV4_DATA;
          tx_sum_en = 1;
          tx_sum_bytes = tx_icmp_csum_bytes_reg;
        //$display("%s:%0d: csum bytes %h (%0d)", `__FILE__, `__LINE__, tx_sum_bytes, tx_sum_bytes);
         end
      ICMP_S_V4_CSUM_UPDATE:
        begin
        //$display("%s:%0d: tx_icmp_tmpblock_reg: %h", `__FILE__, `__LINE__, tx_icmp_tmpblock_reg);
          tx_address = OFFSET_ETH_IPV4_ICMPV4_CSUM - 6;
          tx_write_en = 1;
          tx_write_data = tx_icmp_tmpblock_reg;
          //$display("%s:%0d: TX[ %0d (dec) ] = %h", `__FILE__, `__LINE__, tx_address, tx_write_data);
        end
      default: ;
    endcase

  end


  //----------------------------------------------------------------
  // Finite State Machine - ICMP
  // Overall functionallity control
  //----------------------------------------------------------------

  always @*
  begin : fsm_icmp_
    icmp_state_we  = 'b0;
    icmp_state_new = ICMP_S_IDLE;

    case (icmp_state_reg)
      ICMP_S_IDLE:
        if (i_process) begin
          if (i_pd_ip6_ns) begin
            icmp_state_we  = 'b1;
            icmp_state_new = ICMP_S_V6_ND_INIT;
          end else if (i_pd_ip6_echo) begin
            icmp_state_we  = 'b1;
            icmp_state_new = ICMP_S_V6_ECHO_INIT;
          end else if (i_pd_ip6_trace) begin
            icmp_state_we  = 'b1;
            icmp_state_new = ICMP_S_V6_TRACE_INIT;
          end else if (i_pd_ip4_echo) begin
            icmp_state_we  = 'b1;
            icmp_state_new = ICMP_S_V4_ECHO_INIT;
          end else if (i_pd_ip4_trace) begin
            icmp_state_we  = 'b1;
            icmp_state_new = ICMP_S_V4_TRACE_INIT;
          end else begin
            icmp_state_we  = 'b1;
            icmp_state_new = ICMP_S_DROP_PACKET;
          end
        end
      ICMP_S_V6_ND_INIT:
        if (i_match_addr_ip6_ns) begin
          icmp_state_we  = 'b1;
          icmp_state_new = ICMP_S_V6_ND_RESPOND;
        end else begin
          icmp_state_we  = 'b1;
          icmp_state_new = ICMP_S_DROP_PACKET;
        end
      ICMP_S_V6_ND_RESPOND:
        if (response_done_reg) begin
          icmp_state_we  = 'b1;
          icmp_state_new = ICMP_S_V6_UPDATE_LENGTH;
        end
      ICMP_S_V6_ECHO_INIT:
        if (i_match_addr_ethernet && i_match_addr_ip6) begin
          icmp_state_we  = 'b1;
          icmp_state_new = ICMP_S_V6_ECHO_RESPOND;
        end else begin
          icmp_state_we  = 'b1;
          icmp_state_new = ICMP_S_DROP_PACKET;
        end
      ICMP_S_V6_ECHO_RESPOND:
        if (response_done_reg) begin
          icmp_state_we  = 'b1;
          icmp_state_new = ICMP_S_V6_ECHO_COPY;
        end
      ICMP_S_V6_ECHO_COPY:
        begin
          icmp_state_we  = 'b1;
          icmp_state_new = ICMP_S_V6_ECHO_COPY_D;
        end
      ICMP_S_V6_ECHO_COPY_D:
        if (i_copy_done) begin
          icmp_state_we  = 'b1;
          icmp_state_new = ICMP_S_V6_ECHO_COPY_D2;
        end
      ICMP_S_V6_ECHO_COPY_D2:
        //TXBUF memory controller require wait cycles delay
        //between different unaligned burst writes.
        if (i_tx_busy == 'b0) begin
          icmp_state_we  = 'b1;
          icmp_state_new = ICMP_S_V6_UPDATE_LENGTH;
        end
      ICMP_S_V6_TRACE_INIT:
        if (i_match_addr_ethernet && i_match_addr_ip6) begin
          icmp_state_we  = 'b1;
          icmp_state_new = ICMP_S_V6_TRACE_RESPOND;
        end else begin
          icmp_state_we  = 'b1;
          icmp_state_new = ICMP_S_DROP_PACKET;
        end
      ICMP_S_V6_TRACE_RESPOND:
        if (response_done_reg) begin
          icmp_state_we  = 'b1;
          icmp_state_new = ICMP_S_V6_TRACE_COPY;
        end
      ICMP_S_V6_TRACE_COPY:
        begin
          icmp_state_we  = 'b1;
          icmp_state_new = ICMP_S_V6_TRACE_COPY_D;
        end
      ICMP_S_V6_TRACE_COPY_D:
        if (i_copy_done) begin
          icmp_state_we  = 'b1;
          icmp_state_new = ICMP_S_V6_UPDATE_LENGTH;
        end
      ICMP_S_V6_UPDATE_LENGTH:
        begin
          icmp_state_we  = 'b1;
          icmp_state_new = ICMP_S_V6_CSUM_RESET;
        end
      ICMP_S_V6_CSUM_RESET:
        begin
          icmp_state_we  = 'b1;
          icmp_state_new = ICMP_S_V6_CSUM_CALC;
        end
      ICMP_S_V6_CSUM_CALC:
        begin
          icmp_state_we  = 'b1;
          icmp_state_new = ICMP_S_V6_CSUM_WAIT;
        end
      ICMP_S_V6_CSUM_WAIT:
        if (i_tx_sum_done) begin
          icmp_state_we  = 'b1;
          icmp_state_new = ICMP_S_V6_CSUM_UPDATE;
        end
      ICMP_S_V6_CSUM_UPDATE:
        begin
          icmp_state_we  = 'b1;
          icmp_state_new = ICMP_S_V6_CSUM_UPDATE_D;
        end
      ICMP_S_V6_CSUM_UPDATE_D:
        begin
          icmp_state_we  = 'b1;
          icmp_state_new = ICMP_S_TRANSMIT_PACKET;
        end
      ICMP_S_V4_ECHO_INIT:
        if (i_match_addr_ethernet && i_match_addr_ip4) begin
          icmp_state_we  = 'b1;
          icmp_state_new = ICMP_S_V4_ECHO_RESPOND;
        end else begin
          icmp_state_we  = 'b1;
          icmp_state_new = ICMP_S_DROP_PACKET;
        end
      ICMP_S_V4_ECHO_RESPOND:
        if (response_done_reg) begin
          icmp_state_we  = 'b1;
          icmp_state_new = ICMP_S_V4_ECHO_COPY;
        end
      ICMP_S_V4_ECHO_COPY:
        begin
          icmp_state_we  = 'b1;
          icmp_state_new = ICMP_S_V4_ECHO_COPY_D;
        end
      ICMP_S_V4_ECHO_COPY_D:
        if (i_copy_done) begin
          icmp_state_we  = 'b1;
          icmp_state_new = ICMP_S_V4_ECHO_COPY_D2;
        end
      ICMP_S_V4_ECHO_COPY_D2:
        //TXBUF memory controller require wait cycles delay
        //between different unaligned burst writes.
        if (i_tx_busy == 'b0) begin
          icmp_state_we  = 'b1;
          icmp_state_new = ICMP_S_V4_UPDATE_LENGTH;
        end
      ICMP_S_V4_TRACE_INIT:
        if (i_match_addr_ethernet && i_match_addr_ip4) begin
          icmp_state_we  = 'b1;
          icmp_state_new = ICMP_S_V4_TRACE_RESPOND;
        end else begin
          icmp_state_we  = 'b1;
          icmp_state_new = ICMP_S_DROP_PACKET;
        end
      ICMP_S_V4_TRACE_RESPOND:
        if (response_done_reg) begin
          icmp_state_we  = 'b1;
          icmp_state_new = ICMP_S_V4_TRACE_COPY;
        end
      ICMP_S_V4_TRACE_COPY:
        begin
          icmp_state_we  = 'b1;
          icmp_state_new = ICMP_S_V4_TRACE_COPY_D;
        end
      ICMP_S_V4_TRACE_COPY_D:
        if (i_copy_done) begin
          icmp_state_we  = 'b1;
          icmp_state_new = ICMP_S_V4_UPDATE_LENGTH;
        end
      ICMP_S_V4_UPDATE_LENGTH:
        begin
          icmp_state_we  = 'b1;
          icmp_state_new = ICMP_S_V4_CSUM_RESET;
        end
      ICMP_S_V4_CSUM_RESET:
        begin
          icmp_state_we  = 'b1;
          icmp_state_new = ICMP_S_V4_CSUM_CALC;
        end
      ICMP_S_V4_CSUM_CALC:
        begin
          icmp_state_we  = 'b1;
          icmp_state_new = ICMP_S_V4_CSUM_WAIT;
        end
      ICMP_S_V4_CSUM_WAIT:
        if (i_tx_sum_done) begin
          icmp_state_we  = 'b1;
          icmp_state_new = ICMP_S_V4_CSUM_UPDATE;
        end
      ICMP_S_V4_CSUM_UPDATE:
        begin
          icmp_state_we  = 'b1;
          icmp_state_new = ICMP_S_V4_CSUM_UPDATE_D;
        end
      ICMP_S_V4_CSUM_UPDATE_D:
        begin
          icmp_state_we  = 'b1;
          icmp_state_new = ICMP_S_TRANSMIT_PACKET;
        end
      ICMP_S_TRANSMIT_PACKET:
        begin
          icmp_state_we  = 'b1;
          icmp_state_new = ICMP_S_IDLE;
        end
      ICMP_S_DROP_PACKET:
        begin
          icmp_state_we  = 'b1;
          icmp_state_new = ICMP_S_IDLE;
        end
      default:
        begin
          icmp_state_we  = 'b1;
          icmp_state_new = ICMP_S_DROP_PACKET;
        end
    endcase
  end

  always @(posedge i_clk or posedge i_areset)
  begin : reg_up
    if (i_areset) begin
      icmp_state_reg  <= 0;
      response_done_reg <= 0;
      tx_header_icmpv4_echo_index_reg <= 0;
      tx_header_icmpv4_trace_index_reg <= 0;

      tx_header_icmpv6_echo_index_reg <= 0;
      tx_header_icmpv6ns_index_reg <= 0;
      tx_header_icmpv6_trace_index_reg <= 0;

      tx_icmp_payload_length_reg <= 0;
      tx_icmp_csum_bytes_reg     <= 0;
      tx_icmp_tmpblock_reg       <= 0;

      tx_icmpv4_ip_checksum_reg <= 0;
      tx_icmpv4_ip_total_length_reg <= 0;

    end else begin
      if (icmp_state_we)
        icmp_state_reg <= icmp_state_new;

      response_done_reg <= response_done_new;

      if (tx_icmp_csum_bytes_we)
        tx_icmp_csum_bytes_reg <= tx_icmp_csum_bytes_new;

      if (tx_icmp_payload_length_we)
        tx_icmp_payload_length_reg <= tx_icmp_payload_length_new;

      if (tx_header_icmpv4_echo_index_we)
        tx_header_icmpv4_echo_index_reg <= tx_header_icmpv4_echo_index_new;

      if (tx_header_icmpv4_trace_index_we)
        tx_header_icmpv4_trace_index_reg <= tx_header_icmpv4_trace_index_new;

      if (tx_header_icmpv6_echo_index_we)
        tx_header_icmpv6_echo_index_reg <= tx_header_icmpv6_echo_index_new;

      if (tx_header_icmpv6ns_index_we)
        tx_header_icmpv6ns_index_reg <= tx_header_icmpv6ns_index_new;

      if (tx_header_icmpv6_trace_index_we)
        tx_header_icmpv6_trace_index_reg <= tx_header_icmpv6_trace_index_new;

      if (tx_icmp_tmpblock_we)
        tx_icmp_tmpblock_reg <= tx_icmp_tmpblock_new;;

      if (tx_icmpv4_ip_total_length_we)
        tx_icmpv4_ip_total_length_reg <= tx_icmpv4_ip_total_length_new;

      tx_icmpv4_ip_checksum_reg <= tx_icmpv4_ip_checksum_new;

    end
  end

endmodule